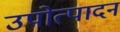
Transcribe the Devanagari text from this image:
उपोत्पादन